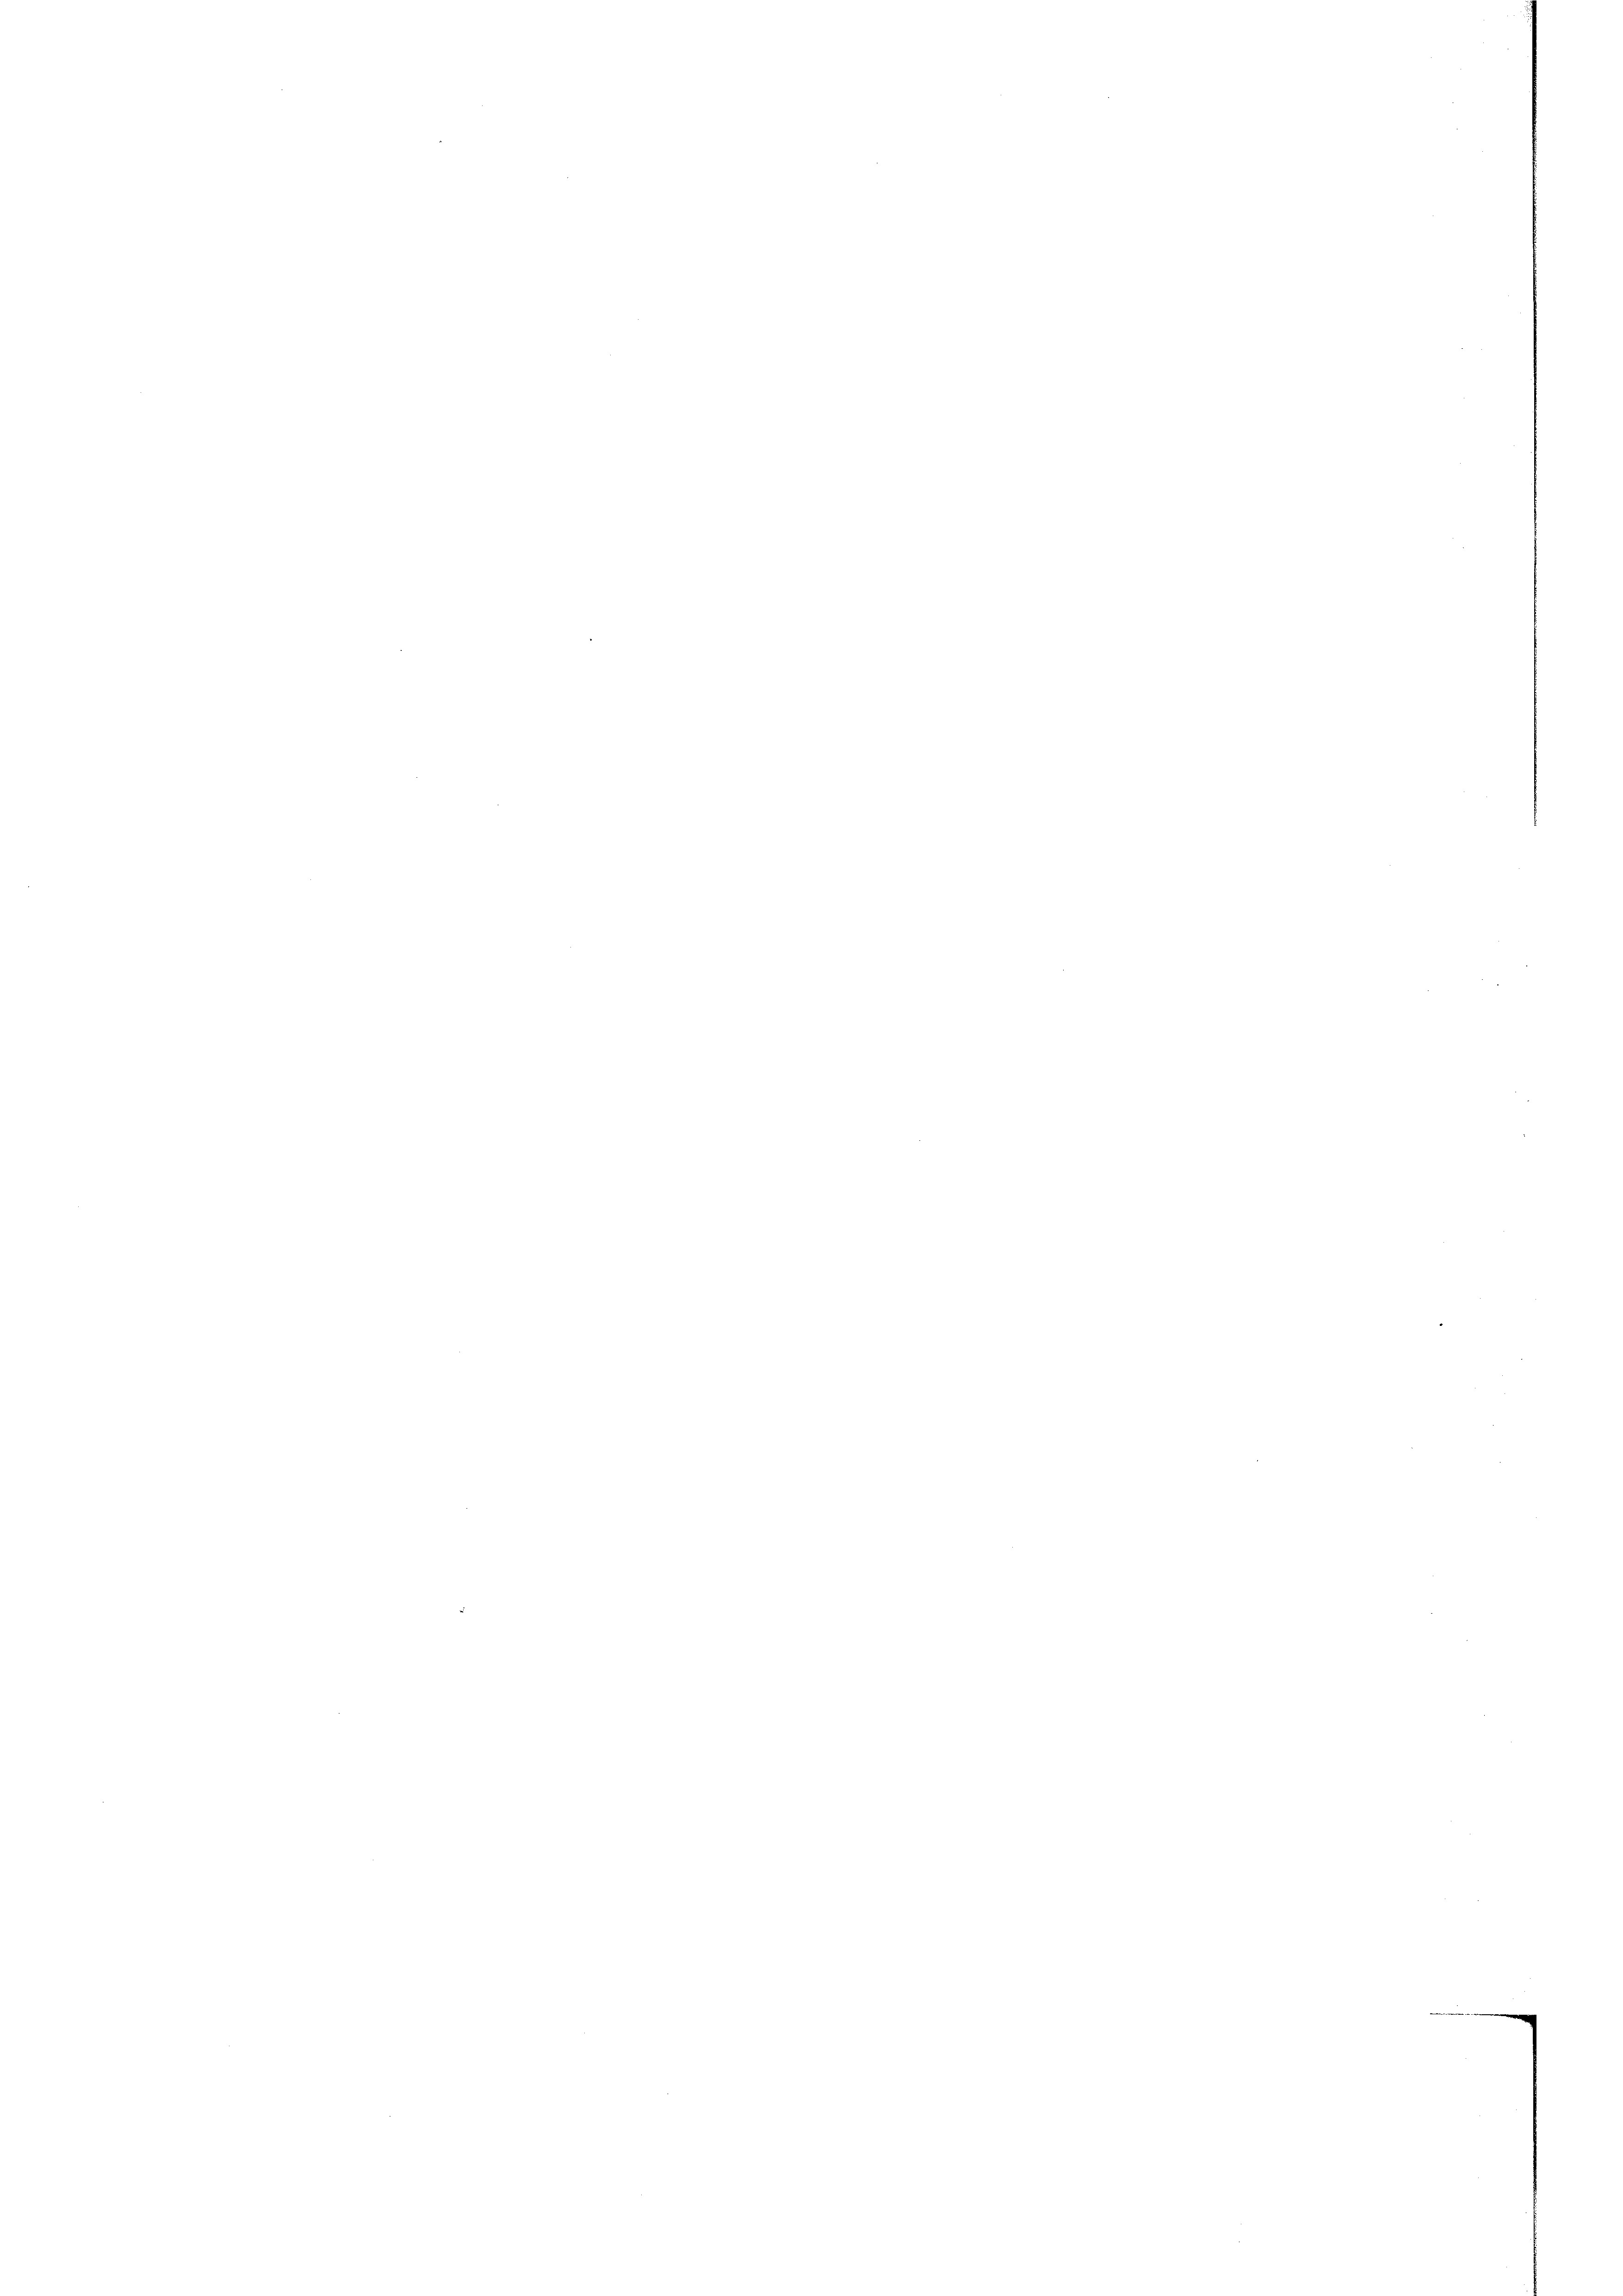
m